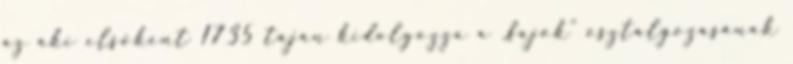
az aki elsőként 1735 táján kidolgozza a „fajok” osztályozásának